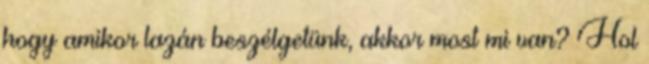
hogy amikor lazán beszélgetünk, akkor most mi van? Hol